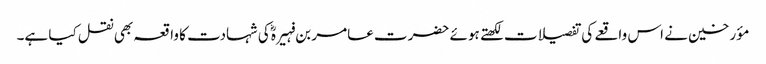
مؤرخین نے اس واقعے کی تفصیلات لکھتے ہوئے حضرت عامر بن فہیرہؓ کی شہادت کا واقعہ بھی نقل کیا ہے۔